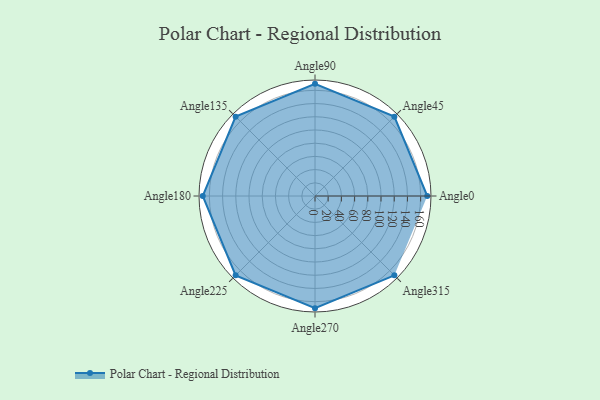
{"axis": {"x": "Angle", "y": "Radius"}, "legend": [""], "data": [{"x": "Angle0", "y": 170, "type": ""}, {"x": "Angle45", "y": 170.0, "type": ""}, {"x": "Angle90", "y": 170, "type": ""}, {"x": "Angle135", "y": 170, "type": ""}, {"x": "Angle180", "y": 170, "type": ""}, {"x": "Angle225", "y": 170, "type": ""}, {"x": "Angle270", "y": 170, "type": ""}, {"x": "Angle315", "y": 170, "type": ""}]}